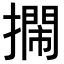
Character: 𢷃